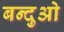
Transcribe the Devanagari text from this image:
बन्दुओ